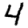
Digit: 4